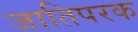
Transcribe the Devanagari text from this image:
जातिपरक